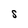
Character: S